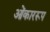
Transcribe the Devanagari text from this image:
ओंकाररूप